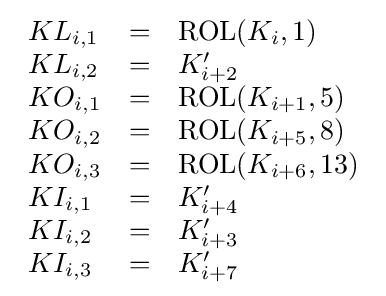
{\begin{array}{lcl}KL_{i,1}&=&{\rm {ROL}}(K_{i},1)\\KL_{i,2}&=&K'_{i+2}\\KO_{i,1}&=&{\rm {ROL}}(K_{i+1},5)\\KO_{i,2}&=&{\rm {ROL}}(K_{i+5},8)\\KO_{i,3}&=&{\rm {ROL}}(K_{i+6},13)\\KI_{i,1}&=&K'_{i+4}\\KI_{i,2}&=&K'_{i+3}\\KI_{i,3}&=&K'_{i+7}\end{array}}